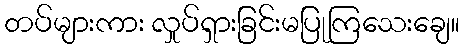
တပ်များကား လှုပ်ရှားခြင်းမပြုကြသေးချေ။